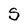
Character: S